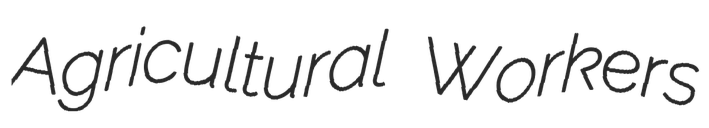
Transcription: Agricultural Workers